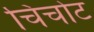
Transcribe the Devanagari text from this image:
चिचोट